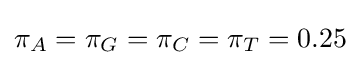
\pi _{A}=\pi _{G}=\pi _{C}=\pi _{T}=0.25